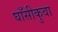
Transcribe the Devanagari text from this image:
घाँसीकुवा